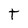
Character: t